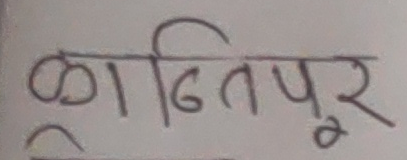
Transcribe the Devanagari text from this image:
ळठितपूर